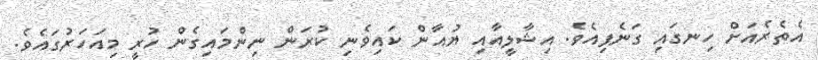
އެތެރެއަށް ހިނގައި ގަނެފިއެވެ. އިޝާލީއާއި ޔުއާން ކައިވެނި ކުރަން ނިންމައިގެން ހުރީ މިއަހަރުގައެވެ.